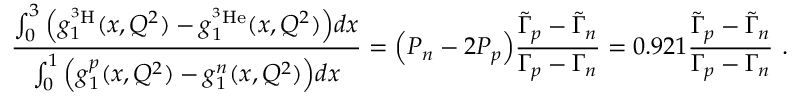
\frac { \int _ { 0 } ^ { 3 } \Big ( g _ { 1 } ^ { ^ 3 \mathrm { H } } ( x , Q ^ { 2 } ) - g _ { 1 } ^ { ^ 3 \mathrm { H e } } ( x , Q ^ { 2 } ) \Big ) d x } { \int _ { 0 } ^ { 1 } \Big ( g _ { 1 } ^ { p } ( x , Q ^ { 2 } ) - g _ { 1 } ^ { n } ( x , Q ^ { 2 } ) \Big ) d x } = \Big ( P _ { n } - 2 P _ { p } \Big ) \frac { \tilde { \Gamma } _ { p } - \tilde { \Gamma } _ { n } } { \Gamma _ { p } - \Gamma _ { n } } = 0 . 9 2 1 \frac { \tilde { \Gamma } _ { p } - \tilde { \Gamma } _ { n } } { \Gamma _ { p } - \Gamma _ { n } } \ .